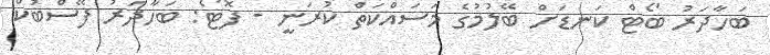
ބަހާދަރު ބޯޓް ކަނޑަށް ބޭލުމުގެ މަސައްކަތް ކުރަނީ - ފޮޓޯ: ބަހާދަރު ފޭސްބުކް